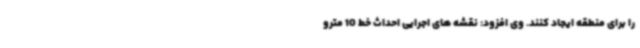
را برای منطقه ایجاد کنند. وی افزود: نقشه های اجرایی احداث خط 10 مترو